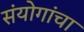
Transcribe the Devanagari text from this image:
संयोगांचा